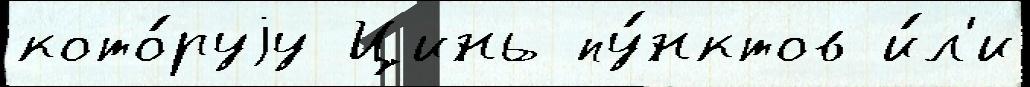
кото́руjу Цинь пу́нктов и́л'и